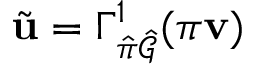
\tilde { \mathbf { u } } = \Gamma _ { \hat { \pi } \hat { \mathcal { G } } } ^ { 1 } ( \pi \mathbf { v } )